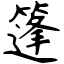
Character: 篷